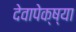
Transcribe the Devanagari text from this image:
देवापेक्ष्या